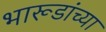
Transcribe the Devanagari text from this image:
भारूडांच्या